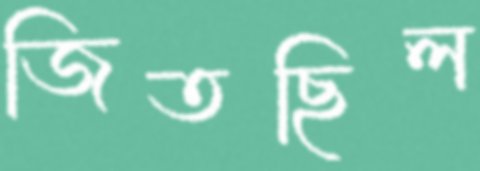
জিতছিল